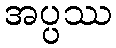
အပ္ပဿ